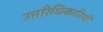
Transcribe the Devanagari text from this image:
उत्तरिधिकारियों